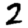
Digit: 2